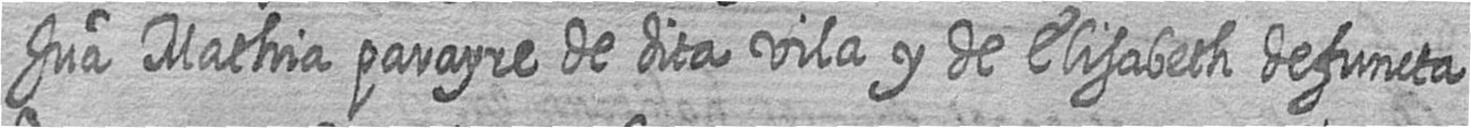
Jua Mathia parayre de dita vila y de Elisabeth defuncta